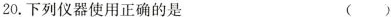
20.下列仪器使用正确的是 ( )